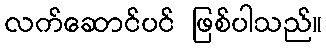
လက်ဆောင်ပင် ဖြစ်ပါသည်။